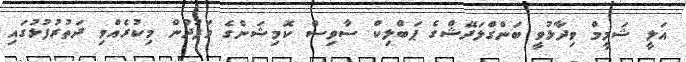
އަލީ ޝަމީމް ވިދާޅުވީ ބަންގްލަދޭޝްގެ ޕަބްލިކް ސާވިސް ކޮމިޝަންގެ ވަފުދުން މިކުރެއްވި ދަތުރުފުޅުގައި